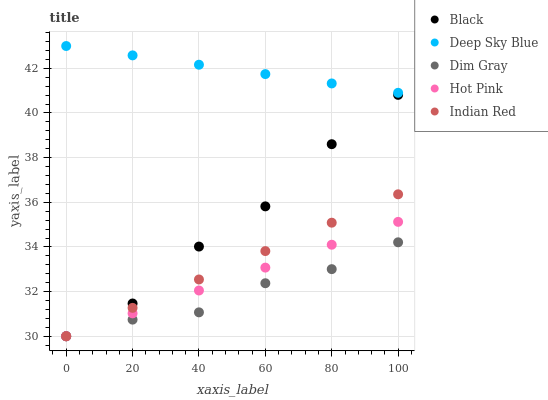
| xaxis_label | Black | Deep Sky Blue | Dim Gray | Hot Pink | Indian Red |
 | --- | --- | --- | --- | --- | --- |
 | 0 | 30 | 43 | 30 | 30 | 30 |
 | 20 | 31.5 | 42.6 | 30.7 | 31 | 31.3 |
 | 40 | 34 | 42.2 | 31.1 | 32 | 32.5 |
 | 60 | 35.8 | 41.7 | 32.4 | 33.1 | 33.8 |
 | 80 | 38.6 | 41.3 | 33 | 34.1 | 35.1 |
 | 100 | 40.8 | 40.9 | 34.2 | 35.1 | 36.4 |